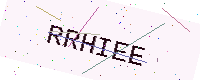
Text: RRHIEE